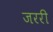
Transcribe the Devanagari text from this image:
जररी